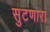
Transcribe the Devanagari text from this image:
सुटणारा